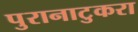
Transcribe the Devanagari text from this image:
पुरानाटुकरा